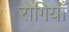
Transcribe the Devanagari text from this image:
रोगियाँ